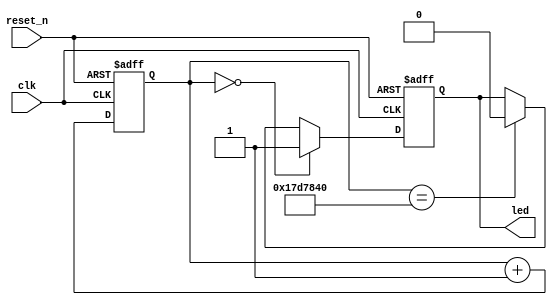
// LED0.250.75

module LED_flash
(
    clk,
    reset_n,
    led);

    input clk;
    input reset_n;
    output reg led;

    reg [24:0] counter;

    // parameter LED_1 = 12_500_000;
    // parameter MCNT = 50_000_000;
    parameter LED_1 = 25_000_000;
    parameter MCNT = 100_000_000;

    always @(posedge clk or negedge reset_n) begin 
        if(!reset_n)//
            counter<=0; //
        else if(counter==MCNT-1)
            counter<=0;
        else
            counter<=counter+1'b1;
    end

    always @(posedge clk or negedge reset_n) begin  
        if(!reset_n)
            led<=1'b0;
        else if(counter==0)
            led<=1'b1;
        else if(counter==LED_1)
            led<=1'b0;
        // else if(counter==LED_2-1)
        //     led<=1'b0;
    end
endmodule